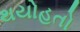
થયોહતો